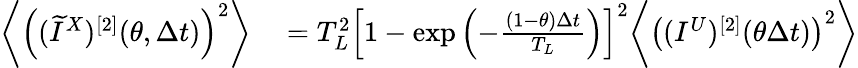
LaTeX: \begin{array}{rl}{\bigg\langle\left((\widetilde{I}^{X})^{[2]}(\theta,\Delta t)\right)^{2}\bigg\rangle}&{{}=T_{L}^{2}\left[1-\exp\left(-\frac{(1-\theta)\Delta t}{T_{L}}\right)\right]^{2}\bigg\langle\left((I^{U})^{[2]}(\theta\Delta t)\right)^{2}\bigg\rangle}\end{array}